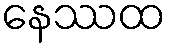
နေဿထ